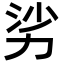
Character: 𪟜